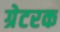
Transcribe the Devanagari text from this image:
ग्रेटरक